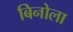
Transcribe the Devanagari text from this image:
बिनोला